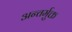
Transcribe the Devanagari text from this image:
अन्तर्मुक्त